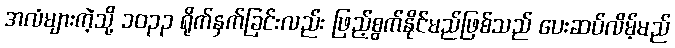
အလံများကဲ့သို့ ၁၀၃၃ ရိုက်နှက်ခြင်းလည်း ဖြည့်စွက်နိုင်မည်ဖြစ်သည် ပေးဆပ်လိမ့်မည်